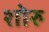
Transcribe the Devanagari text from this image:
शोरु